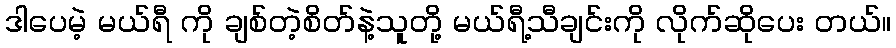
ဒါပေမဲ့ မယ်ရီ ကို ချစ်တဲ့စိတ်နဲ့သူတို့ မယ်ရီ့သီချင်းကို လိုက်ဆိုပေး တယ်။